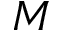
M